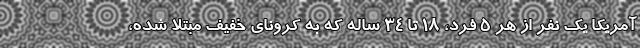
آمریکا یک نفر از هر ۵ فرد، ۱۸ تا ۳۴ ساله که به کرونای خفیف مبتلا شده،